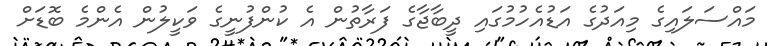
މައްސަލައިގެ މިއަދުގެ އަޑުއެހުމުގައި ދީބާޖާގެ ފަރާތުން އެ ކުންފުނީގެ ވަކީލުން އެންމެ ބޮޑަށް